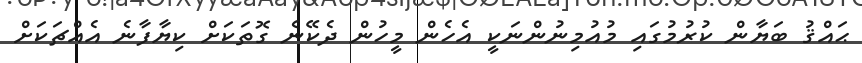
ޙައްޤު ބަޔާން ކުރުމުގައި މުއުމިނުންނަކީ އެހެން މީހުން ދެކޭނެ ގޮތަކަށް ކިޔާފާނެ އެއްޗަކަށް